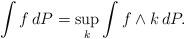
LaTeX: \begin{align*}\int f\,dP=\sup_k\int f\wedge k\,dP.\end{align*}